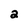
Character: 2